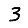
Digit: 3